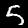
Digit: 5